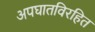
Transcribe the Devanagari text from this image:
अपघातविरहित